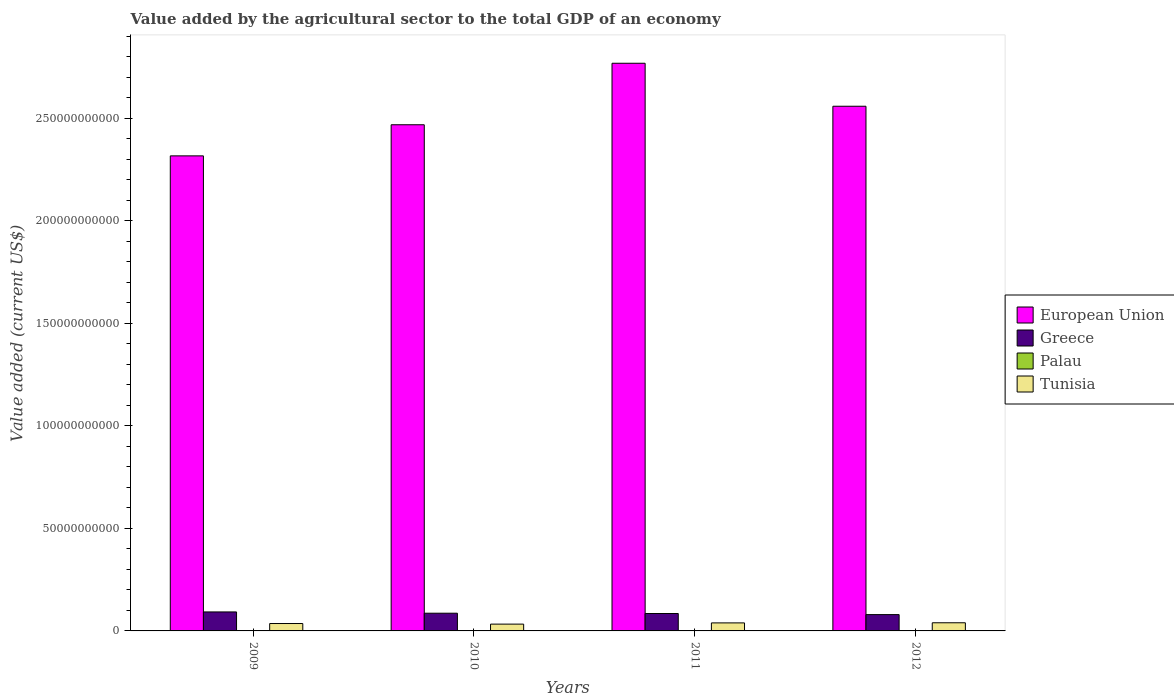
| Years | European Union | Greece | Palau | Tunisia |
 | --- | --- | --- | --- | --- |
 | 2009 | 2.32e+11 | 9.26e+09 | 7.9e+06 | 3.61e+09 |
 | 2010 | 2.47e+11 | 8.63e+09 | 7.58e+06 | 3.32e+09 |
 | 2011 | 2.77e+11 | 8.49e+09 | 8.69e+06 | 3.91e+09 |
 | 2012 | 2.56e+11 | 7.95e+09 | 9.17e+06 | 3.98e+09 |